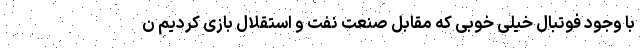
با وجود فوتبال خیلی خوبی که مقابل صنعت نفت و استقلال بازی کردیم ن